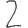
Digit: 2